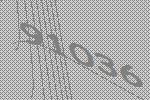
91036